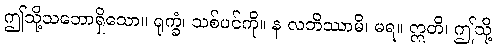
ဤသို့သဘောရှိသော။ ရုက္ခံ၊ သစ်ပင်ကို။ န လဘိဿာမိ၊ မရ။ ဣတိ၊ ဤသို့